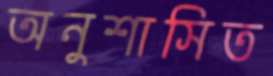
অনুশাসিত